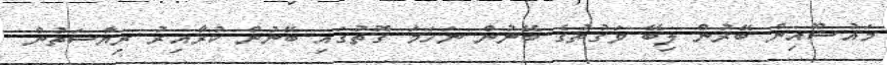
މައުޟޫއިން ބޭރުން ލިބޭ ވަގުތުގެ ބޭނުން ނަހަމަ ގޮތުގައި ބޭނުން ކުރާއިރު ރިޔާސަތުން